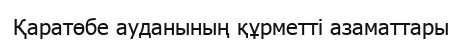
Қаратөбе ауданының құрметті азаматтары